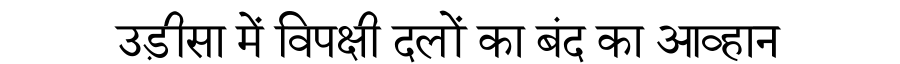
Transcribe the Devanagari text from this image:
उड़ीसा में विपक्षी दलों का बंद का आव्हान